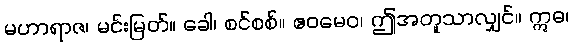
မဟာရာဇ၊ မင်းမြတ်။ ခေါ၊ စင်စစ်။ ဧဝမေဝ၊ ဤအတူသာလျှင်။ ဣဓ၊